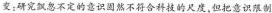
变：研究飘忽不定的意识固然不符合科技的尺度，但把意识限制